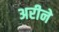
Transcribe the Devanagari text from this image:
अरीने